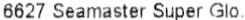
6627 SEAMASTER SUPER GLO.